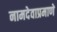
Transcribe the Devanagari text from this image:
नामदेवाप्रमाणे